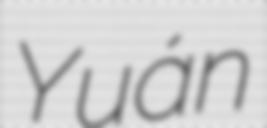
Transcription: Yuán